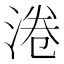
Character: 淃